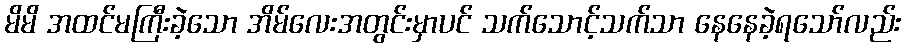
မိမိ အထင်မကြီးခဲ့သော အိမ်လေးအတွင်းမှာပင် သက်သောင့်သက်သာ နေနေခဲ့ရသော်လည်း